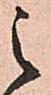
之